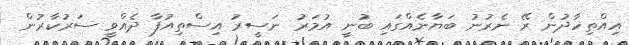
އިއްތިހާދުން ރޭ ނެރުނު ބަޔާނެއްގައި ބުނީ އުމަރު ނަސީރު އިސްތިއުފާ ދެއްވީ ސަރުކާރުން